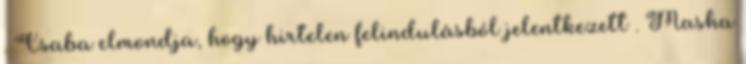
. Csaba elmondja, hogy hirtelen felindulásból jelentkezett . Masha